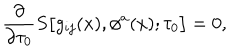
LaTeX: { \frac { \partial } { \partial \tau _ { 0 } } } S \bigl [ g _ { i j } ( x ) , \phi ^ { a } ( x ) ; \tau _ { 0 } \bigr ] = 0 ,